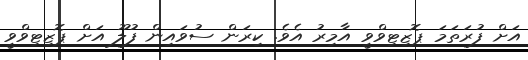
އަށް ފުރަތަމަ ޕޮޒިޓިވްވީ އާމިރު އެވެ. ކިރަން ސުވައިން ފުލޫ އަށް ޕޮޒިޓިވްވީ